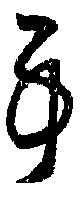
事